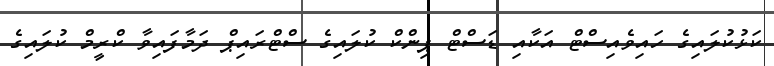
ކަޅުކުލައިގެ ހައިވެއިސްޓް އަކާއި ޑަސްޓް ޕިންކް ކުލައިގެ ސްޓްރައިޕް ދަމާފައިވާ ކްރީމް ކުލައިގެ